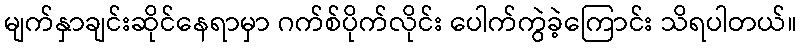
မျက်နှာချင်းဆိုင်နေရာမှာ ဂက်စ်ပိုက်လိုင်း ပေါက်ကွဲခဲ့ကြောင်း သိရပါတယ်။